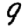
Digit: 9